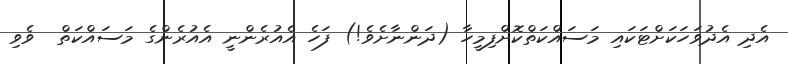
އެދި އެދުވަހަކަށްޓަކައި މަސައްކަތްކޮށްފިމީހާ (ދަންނާށެވެ!) ފަހެ އެއުރެންނީ އެއުރެންގެ މަސައްކަތް  ވެވި